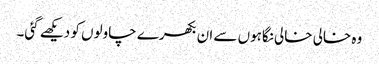
وہ خالی خالی نگاہوں سے ان بکھرے چاولوں کو دیکھے گئی۔